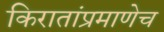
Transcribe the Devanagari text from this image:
किरातांप्रमाणेच